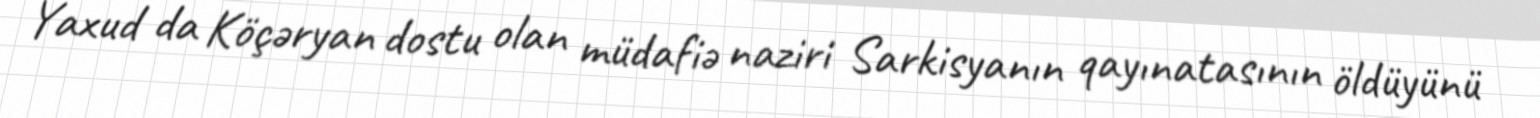
Yaxud da Köçəryan dostu olan müdafiə naziri Sarkisyanın qayınatasının öldüyünü